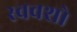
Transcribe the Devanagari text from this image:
स्ववशो